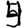
Digit: 4